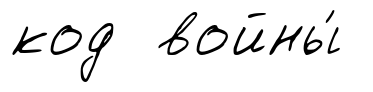
код войны́